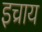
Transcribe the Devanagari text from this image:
इच्राय